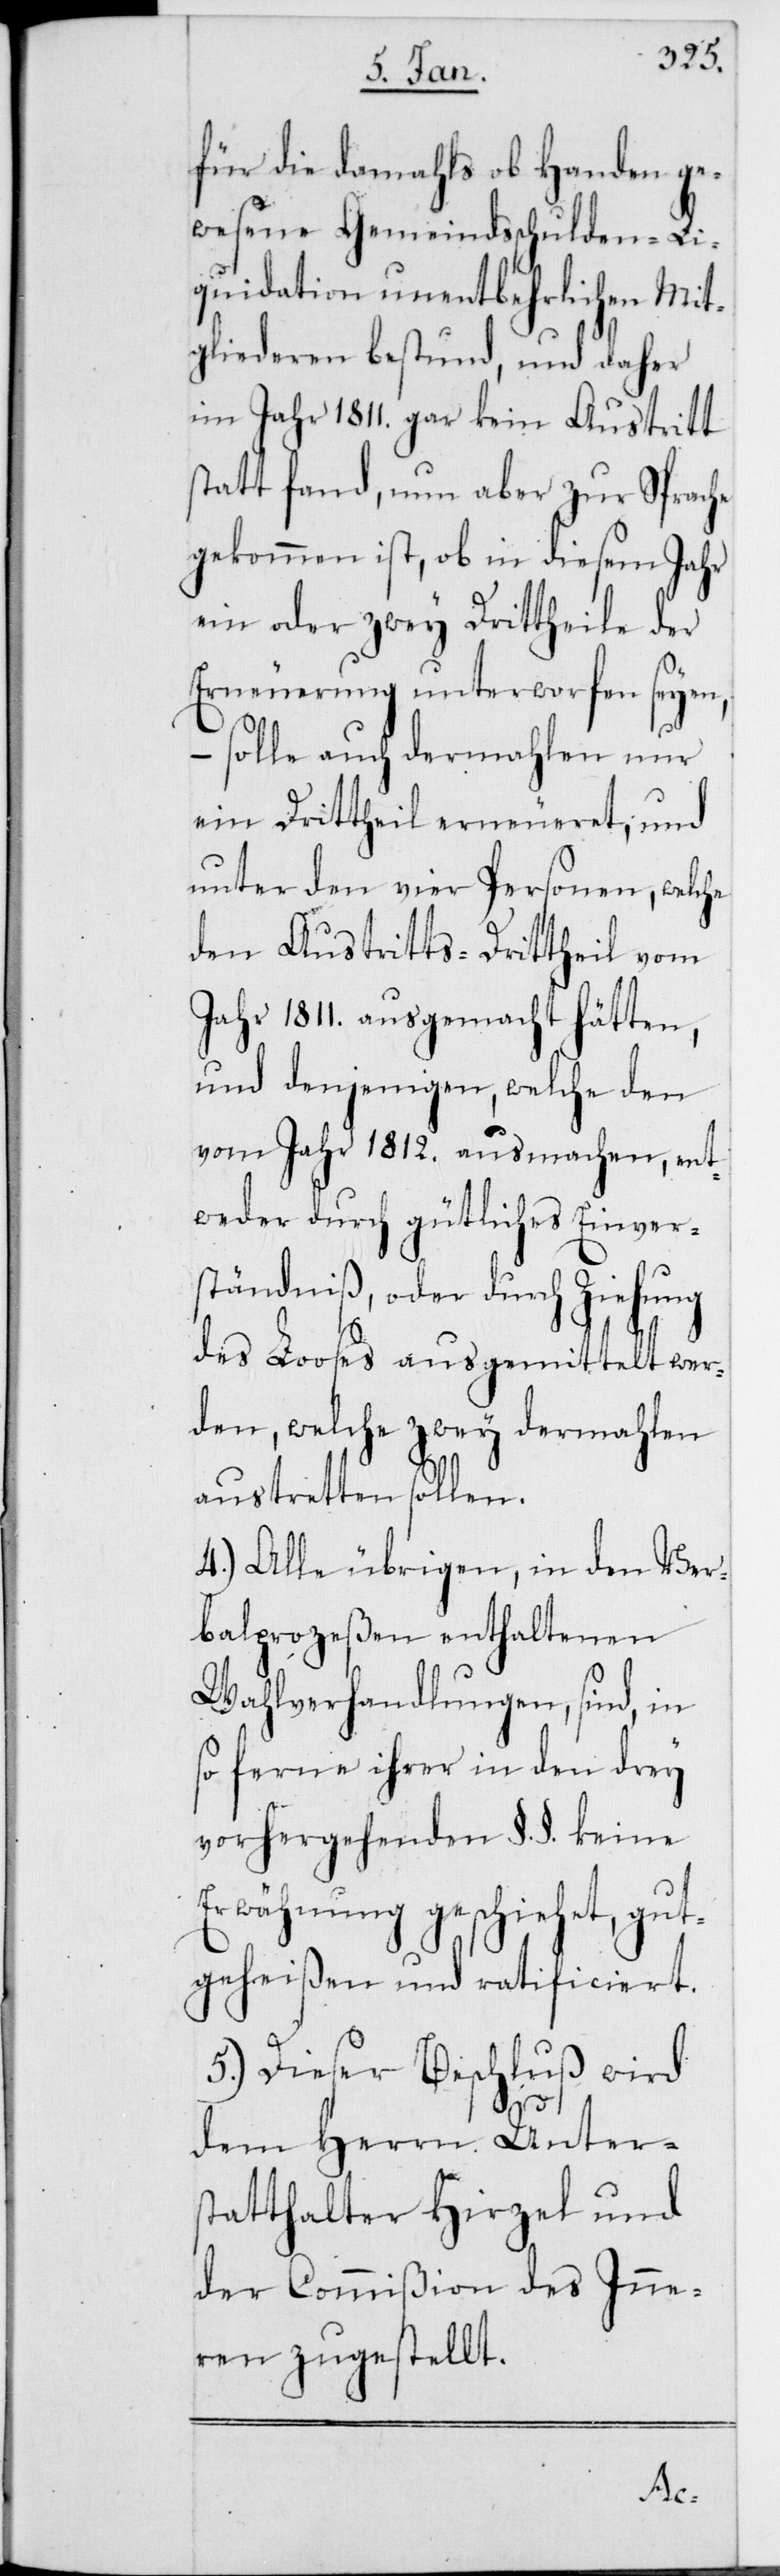
für die damahls ob Handen ge¬
wesene Gemeindsschulden-Li¬
quidation unentbehrlichen Mit¬
gliederen bestund, und daher
im Jahr 1811. gar kein Austritt
statt fand, nun aber zur Sprache
gekommen ist, ob in diesem Jahr
ein oder zwey Drittheile der
Erneuerung unterworfen seyen,
– solle auch dermahlen nur
ein Drittheil erneueret, und
unter den vier Personen, welche
den Austritts-Drittheil vom
Jahr 1811. ausgemacht hätten,
und denjenigen, welche den
vom Jahr 1812. ausmachen, ent¬
weder durch gütliches Einver¬
ständniß, oder durch Ziehung
des Looses ausgemittelt wer¬
den, welche zwey dermahlen
austretten sollen.
4.) Alle übrigen, in den Ver¬
balprozeßen enthaltenen
Wahlverhandlungen, sind, in
so ferne ihrer in den drey
vorhergehenden §. §. keine
Erwähnung geschiehet, gut¬
geheißen und ratificiert.
5.) Dieser Beschluß wird
dem Herrn Unters¬
tatthalter Hirzel und
der Commißion des Inne¬
ren zugestellt.